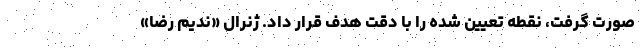
صورت گرفت، نقطه تعیین شده را با دقت هدف قرار داد. ژنرال «ندیم رضا»